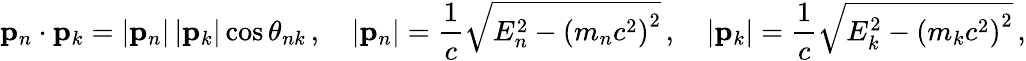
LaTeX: \mathbf{p}_{n}\cdot\mathbf{p}_{k}=\left|\mathbf{p}_{n}\right|\left|\mathbf{p}_{k}\right|\cos\theta_{nk}\, ,\quad|\mathbf{p}_{n}|={\frac{1}{c}}{\sqrt{E_{n}^{2}-\left(m_{n}c^{2}\right)^{2}}}\, ,\quad|\mathbf{p}_{k}|={\frac{1}{c}}{\sqrt{E_{k}^{2}-\left(m_{k}c^{2}\right)^{2}}}\, ,